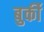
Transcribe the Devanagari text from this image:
बुर्की